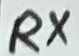
Text: RX